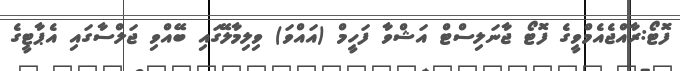
ފޮޓޯ:ރާއްޖެއެމްވީގެ ފޮޓޯ ޖާނަލިސްޓް އަޝްވާ ފަހީމް (އައްވަ) ވިލިމާލޭގައި ބޭއްވި ޖަލްސާގައި އެޕާޓީގެ